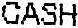
CASH